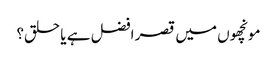
مونچھوں میں قصر افضل ہے یا حلق؟